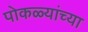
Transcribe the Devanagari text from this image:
पोकळ्यांच्या